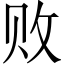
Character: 败